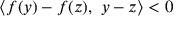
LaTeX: \langle f ( y ) - f ( z ) , \ y - z \rangle < 0